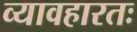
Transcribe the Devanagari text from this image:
व्यावहारतः